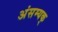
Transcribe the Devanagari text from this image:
अंसम्यक्